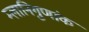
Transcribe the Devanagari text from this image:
म्लानिगुणांक